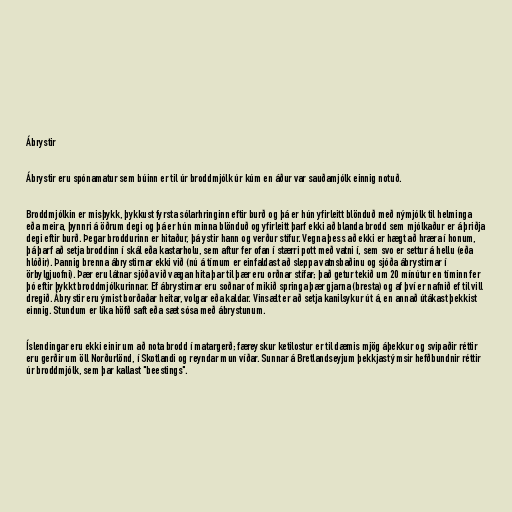
Ábrystir

Ábrystir eru spónamatur sem búinn er til úr broddmjólk úr kúm en áður var sauðamjólk einnig notuð.

Broddmjólkin er misþykk, þykkust fyrsta sólarhringinn eftir burð og þá er hún yfirleitt blönduð með nýmjólk til helminga
eða meira, þynnri á öðrum degi og þá er hún minna blönduð og yfirleitt þarf ekki að blanda brodd sem mjólkaður er á þriðja
degi eftir burð. Þegar broddurinn er hitaður, þá ystir hann og verður stífur. Vegna þess að ekki er hægt að hræra í honum,
þá þarf að setja broddinn í skál eða kastarholu, sem aftur fer ofan í stærri pott með vatni í, sem svo er settur á hellu (eða
hlóðir). Þannig brenna ábrystirnar ekki við (nú á tímum er einfaldast að sleppa vatnsbaðinu og sjóða ábrystirnar í
örbylgjuofni). Þær eru látnar sjóða við vægan hita þar til þær eru orðnar stífar; það getur tekið um 20 mínútur en tíminn fer
þó eftir þykkt broddmjólkurinnar. Ef ábrystirnar eru soðnar of mikið springa þær gjarna (bresta) og af því er nafnið ef til vill
dregið. Ábrystir eru ýmist borðaðar heitar, volgar eða kaldar. Vinsælt er að setja kanilsykur út á, en annað útákast þekkist
einnig. Stundum er líka höfð saft eða sæt sósa með ábrystunum.

Íslendingar eru ekki einir um að nota brodd í matargerð; færeyskur ketilostur er til dæmis mjög áþekkur og svipaðir réttir
eru gerðir um öll Norðurlönd, í Skotlandi og reyndar mun víðar. Sunnar á Bretlandseyjum þekkjast ýmsir hefðbundnir réttir
úr broddmjólk, sem þar kallast "beestings".